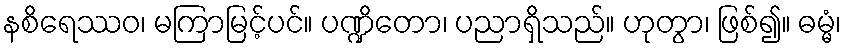
နစိရေဿဝ၊ မကြာမြင့်ပင်။ ပဏ္ဍိတော၊ ပညာရှိသည်။ ဟုတွာ၊ ဖြစ်၍။ ဓမ္မံ၊